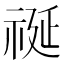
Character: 𮁺